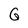
Character: G